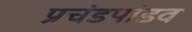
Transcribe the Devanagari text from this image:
प्रचंडपांडव